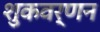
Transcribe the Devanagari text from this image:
शुकवर्णन